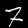
Label: 7